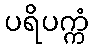
ပရိပက္ကံ